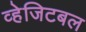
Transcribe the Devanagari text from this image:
व्हेजिटबल